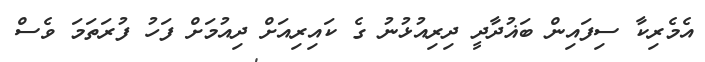
އެމެރިކާ ސިފައިން ބަޣުދާދީ ދިރިއުޅުނު ގެ ކައިރިއަށް ދިއުމަށް ފަހު ފުރަތަމަ ވެސް